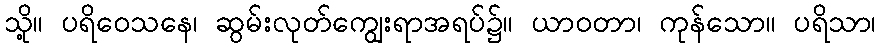
သို့။ ပရိဝေသနေ၊ ဆွမ်းလုတ်ကျွေးရာအရပ်၌။ ယာဝတာ၊ ကုန်သော။ ပရိသာ၊